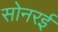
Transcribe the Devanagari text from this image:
सोनरई